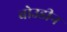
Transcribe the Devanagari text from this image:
बोउडीन